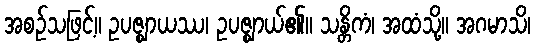
အစဉ်သဖြင့်။ ဥပဇ္ဈာယဿ၊ ဥပဇ္ဈာယ်၏။ သန္တိကံ၊ အထံသို့။ အဂမာသိ၊